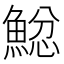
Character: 𩸂